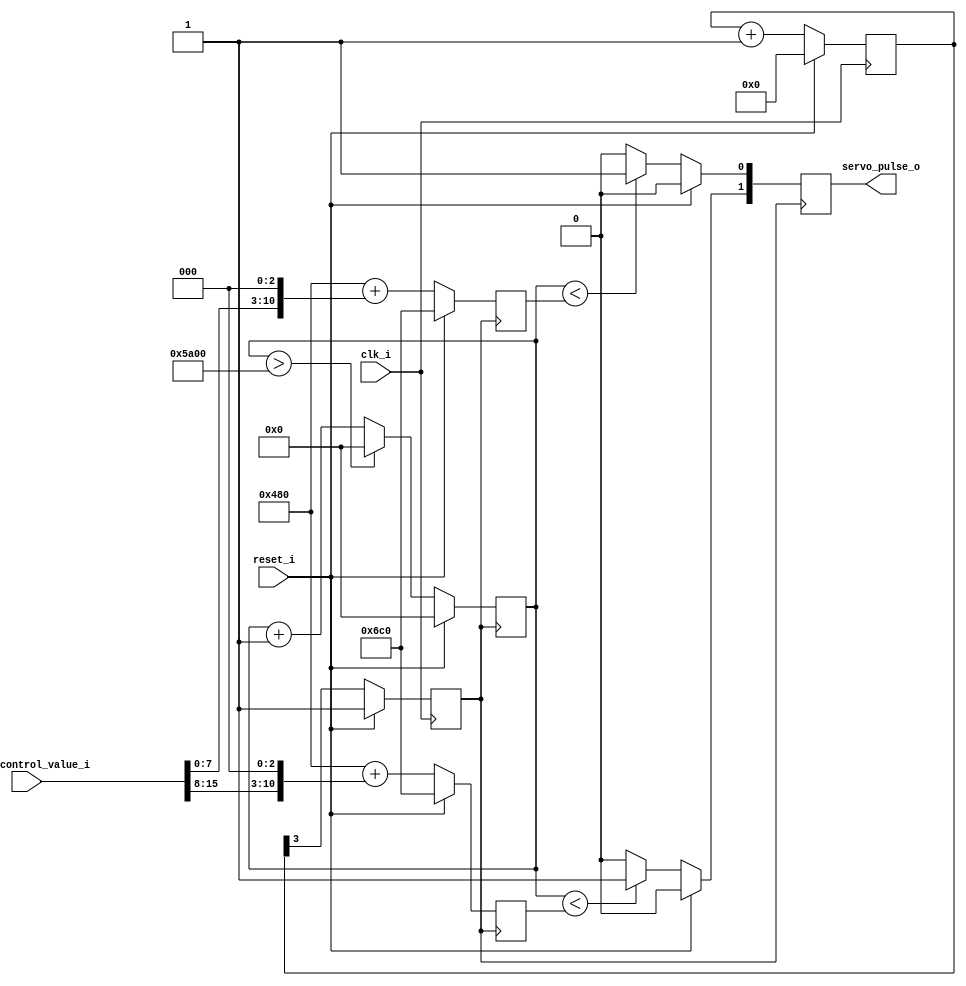
`timescale 1ns / 1ps
`default_nettype none

///////////////////////////////////////////////////////////////////////////////
// Copyright (C) 2012 Andreas Kingbck
//
// This program is free software: you can redistribute it and/or modify
// it under the terms of the GNU General Public License as published by
// the Free Software Foundation, either version 3 of the License, or
// (at your option) any later version.
//
// This program is distributed in the hope that it will be useful,
// but WITHOUT ANY WARRANTY; without even the implied warranty of
// MERCHANTABILITY or FITNESS FOR A PARTICULAR PURPOSE.  See the
// GNU General Public License for more details.
//
// You should have received a copy of the GNU General Public License
//along with this program.  If not, see <http://www.gnu.org/licenses/>.
////////////////////////////////////////////////////////////////////////////////

module servo_pulse_generator
  (
   input wire        clk_i,
   input wire        reset_i,
   input wire [15:0] servo_control_value_i,
   output reg [1:0]  servo_pulse_o
   );
   
   // Local Parameters (Given 18.432MHz Clock)
   //--------------------------------------------
   parameter PERIOD_CNT = 15'd23040;  // 20ms period
   parameter PERIOD_1MS_CNT = 1152;   // 1.0ms pulse
   parameter PERIOD_15MS_CNT = 1728;  // 1.5ms pulse

   // Local Variables
   //--------------------------------------------
   reg [14:0] period_cnt;
   reg [11:0] pulse_with_cnt[1:0];
   reg [3:0]  clk_div_cnt;
   reg        clk_div16;
   
   // Clock divider 16
   //--------------------------------------------
   always @(posedge clk_i) begin
      if (reset_i) begin
         clk_div_cnt <= 4'd0;
         clk_div16 <= 1'b1; 
      end
      else begin
         clk_div16 <= clk_div_cnt[3];
         clk_div_cnt <= clk_div_cnt + 4'd1;
      end
   end
   
   // Period control
   //--------------------------------------------
   always @(posedge clk_div16) begin
      if (reset_i) begin
         period_cnt <= 15'd0;
      end
      else begin
         if (period_cnt > PERIOD_CNT) begin  
            period_cnt <= 15'd0;
         end
         else begin
            period_cnt <= period_cnt + 15'd1;
         end
      end // else: !if(reset_i)
   end // always @ (posedge clk_i)

   // Servo control value calculation 
   //-------------------------------------------- 
   always @(posedge clk_div16) begin:adder
      if (reset_i) begin
         pulse_with_cnt[0] <= PERIOD_15MS_CNT;
         pulse_with_cnt[1] <= PERIOD_15MS_CNT;
      end
      else begin
         pulse_with_cnt[0] <= PERIOD_1MS_CNT + {servo_control_value_i[7:0]  , 3'b000};
         pulse_with_cnt[1] <= PERIOD_1MS_CNT + {servo_control_value_i[15:8] , 3'b000};
      end
   end

   // Servo pulse generation
   //-------------------------------------------- 
   always @(posedge clk_div16) begin
      if (reset_i) begin
         servo_pulse_o <= 2'b0;
      end
      else begin
         if (period_cnt < pulse_with_cnt[0]) begin
            servo_pulse_o[0] <= 1'b1;
         end
         else begin
            servo_pulse_o[0] <= 1'b0;
         end
         if (period_cnt < pulse_with_cnt[1]) begin
            servo_pulse_o[1] <= 1'b1;
         end
         else begin
            servo_pulse_o[1] <= 1'b0;
         end
      end // else: !if(reset_i)
   end // always @ (posedge clk_i)
   
endmodule